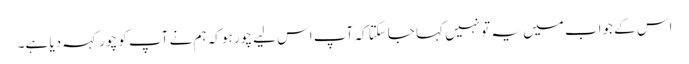
اس کے جواب میں یہ تو نہیں کہا جاسکتا کہ آپ اس لیے چور ہو کہ ہم نے آپ کو چور کہہ دیا ہے۔